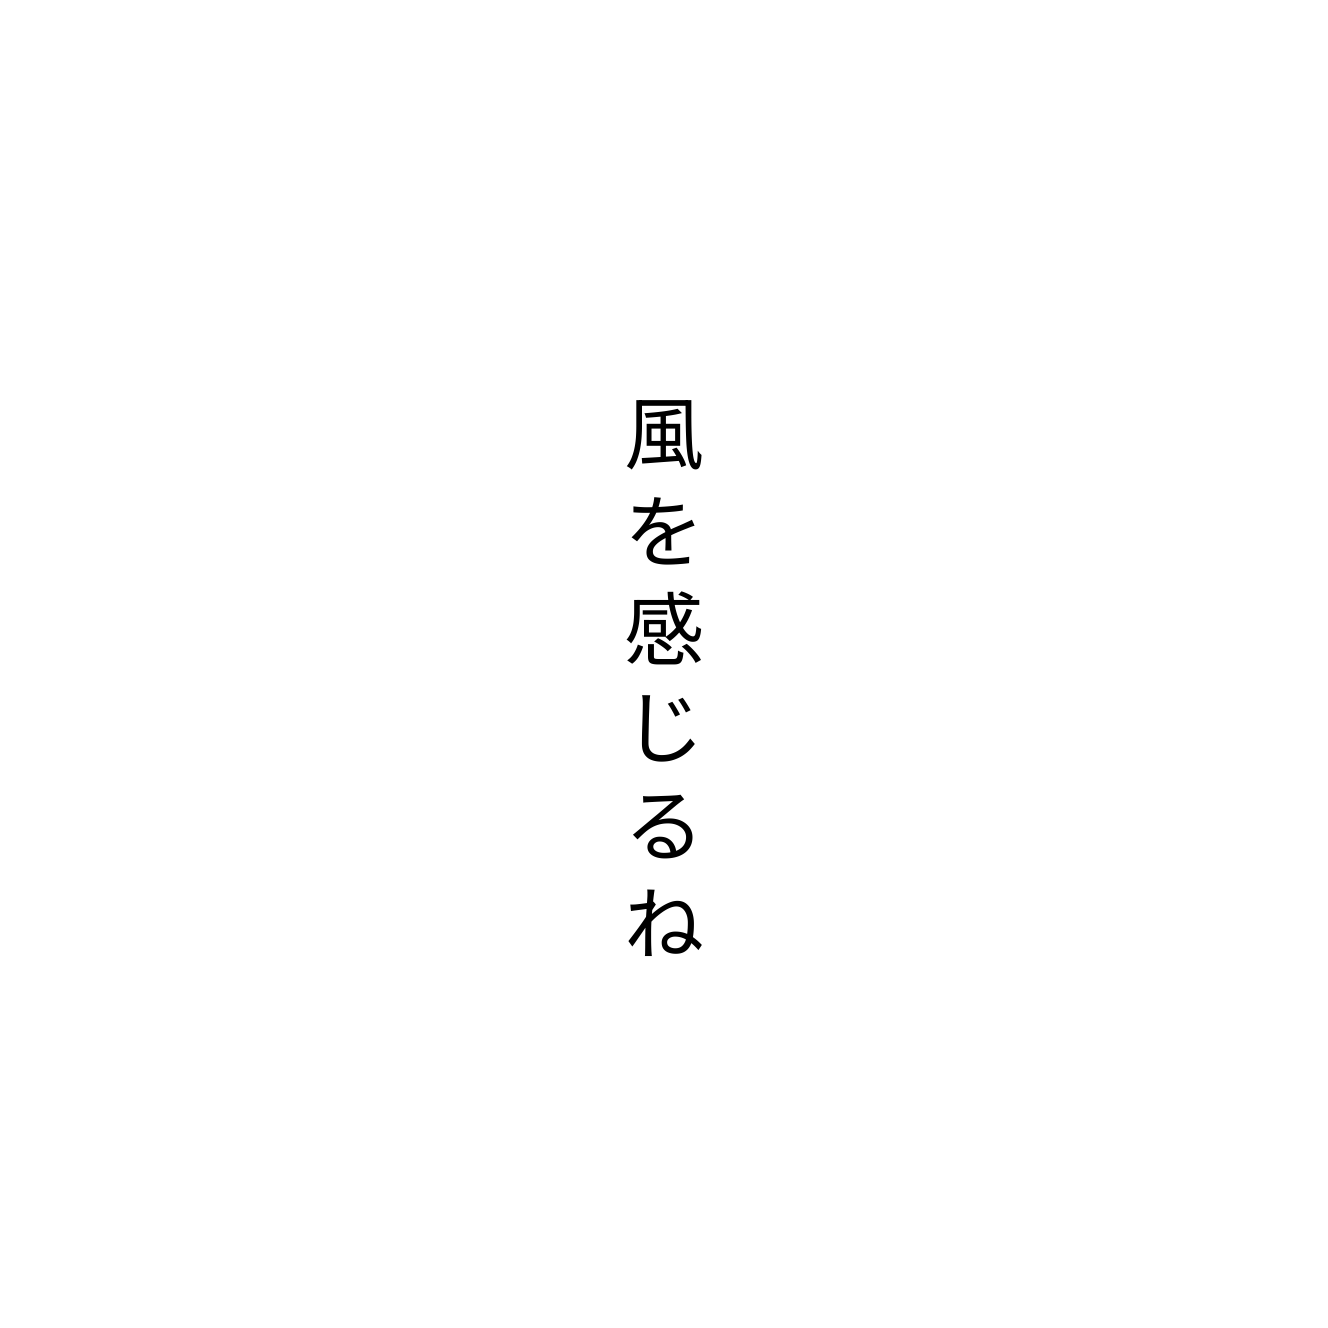
風を感じるね